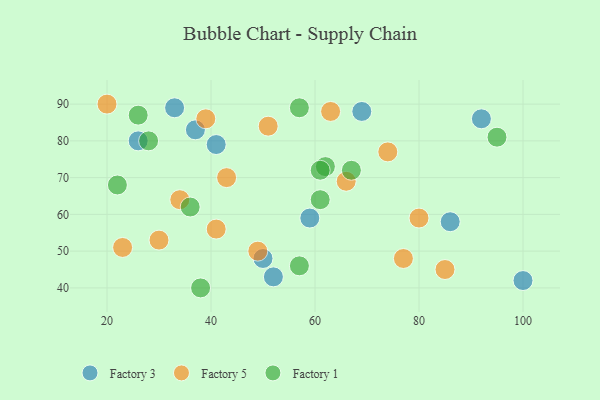
{"axis": {"x": "GDP", "y": "Life Expectancy"}, "legend": ["Factory 1", "Factory 3", "Factory 5"], "data": [{"x": "52", "y": 43, "type": "Factory 3"}, {"x": "100", "y": 42, "type": "Factory 3"}, {"x": "69", "y": 88, "type": "Factory 3"}, {"x": "41", "y": 79, "type": "Factory 3"}, {"x": "86", "y": 58, "type": "Factory 3"}, {"x": "50", "y": 48, "type": "Factory 3"}, {"x": "33", "y": 89, "type": "Factory 3"}, {"x": "26", "y": 80, "type": "Factory 3"}, {"x": "59", "y": 59, "type": "Factory 3"}, {"x": "92", "y": 86, "type": "Factory 3"}, {"x": "37", "y": 83, "type": "Factory 3"}, {"x": "41", "y": 56, "type": "Factory 5"}, {"x": "20", "y": 90, "type": "Factory 5"}, {"x": "34", "y": 64, "type": "Factory 5"}, {"x": "43", "y": 70, "type": "Factory 5"}, {"x": "23", "y": 51, "type": "Factory 5"}, {"x": "30", "y": 53, "type": "Factory 5"}, {"x": "66", "y": 69, "type": "Factory 5"}, {"x": "77", "y": 48, "type": "Factory 5"}, {"x": "51", "y": 84, "type": "Factory 5"}, {"x": "39", "y": 86, "type": "Factory 5"}, {"x": "63", "y": 88, "type": "Factory 5"}, {"x": "85", "y": 45, "type": "Factory 5"}, {"x": "74", "y": 77, "type": "Factory 5"}, {"x": "49", "y": 50, "type": "Factory 5"}, {"x": "80", "y": 59, "type": "Factory 5"}, {"x": "57", "y": 46, "type": "Factory 1"}, {"x": "22", "y": 68, "type": "Factory 1"}, {"x": "36", "y": 62, "type": "Factory 1"}, {"x": "62", "y": 73, "type": "Factory 1"}, {"x": "57", "y": 89, "type": "Factory 1"}, {"x": "26", "y": 87, "type": "Factory 1"}, {"x": "38", "y": 40, "type": "Factory 1"}, {"x": "61", "y": 64, "type": "Factory 1"}, {"x": "61", "y": 72, "type": "Factory 1"}, {"x": "67", "y": 72, "type": "Factory 1"}, {"x": "95", "y": 81, "type": "Factory 1"}, {"x": "28", "y": 80, "type": "Factory 1"}]}